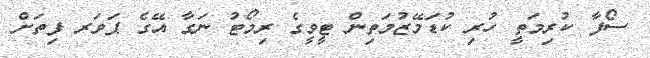
ސޯފާ ކުރިމަތީ ހުރި ކުޑަމޭޒުމަތިން ޓީވީގެ ރިމޯޓު ނަގާ އޭގެ ޕަވަރ ފިތަށް